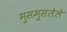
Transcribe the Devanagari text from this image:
मुसमुसलेले